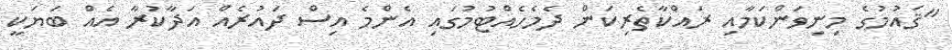
"ޤައުމުގެ މިނިވަންކަމާއި ރައްކާތެރިކަން ދެމެހެއްޓުމުގައި އެންމެ އިސް ދައުރެއް އަދާކުރާ އެއް ބަޔަކީ